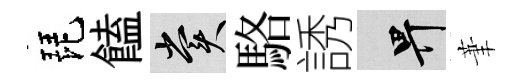
琵饁賞駱誘畀茟